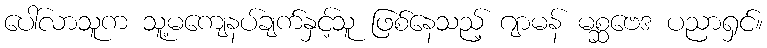
ပေါ်လာသူက သူ့မကျေနပ်ချက်နှင့်သူ ဖြစ်နေသည့် ဂျာမန် မစ္ဆဗေဒ ပညာရှင်။